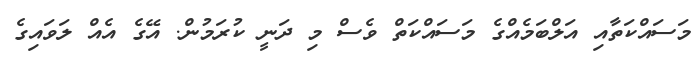
މަސައްކަތާއި އަލްބަމެއްގެ މަސައްކަތް ވެސް މި ދަނީ ކުރަމުން. އޭގެ އެއް ލަވައިގެ